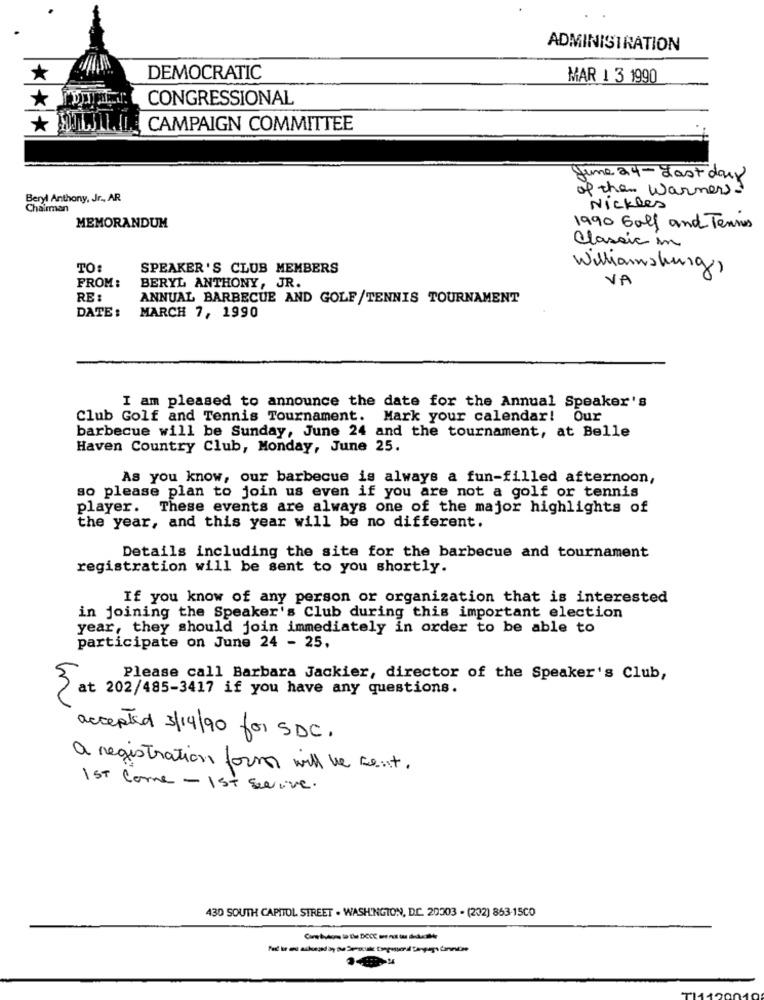
ADMINISTRATION
*
DEMOCRATIC
MAR 1 3 1990
*
CONGRESSIONAL
CAMPAIGN COMMITTEE
June 24 - Last day
of them warmes?
Beryl Anthony, Jr ., AR
Chairman
Nickles
MEMORANDUM
1990 Golf and Tenmes
Classic im
TO:
SPEAKER'S CLUB MEMBERS
Williamsburg,
FROM:
VA
BERYL ANTHONY, JR.
RE:
ANNUAL BARBECUE AND GOLF/TENNIS TOURNAMENT
DATE :
MARCH 7, 1990
I am pleased to announce the date for the Annual Speaker's
Club Golf and Tennis Tournament. Mark your calendar! Our
barbecue will be Sunday, June 24 and the tournament, at Belle
Haven Country Club, Monday, June 25.
As you know, our barbecue is always a fun-filled afternoon,
so please plan to join us even if you are not a golf or tennis
player. These events are always one of the major highlights of
the year, and this year will be no different.
Details including the site for the barbecue and tournament
registration will be sent to you shortly.
If you know of any person or organization that is interested
in joining the Speaker's Club during this important election
year, they should join immediately in order to be able to
participate on June 24 - 25,
Please call Barbara Jackier, director of the Speaker's Club,
3 at 202/485-3417 if you have any questions.
accepted 3/14/90 for SDC.
a registration form will be sent.
1 st Come - 1st sevive .
430 SOUTH CAPITOL STREET . WASHINGTON, D.C. 20203 - (202) 853-15CO